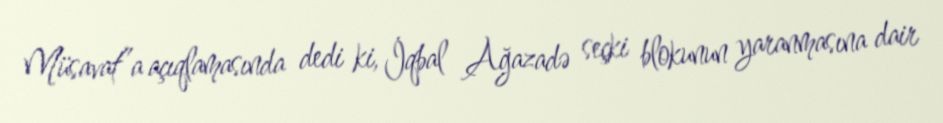
Müsavat”a açıqlamasında dedi ki, İqbal Ağazadə seçki blokunun yaranmasına dair